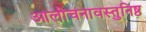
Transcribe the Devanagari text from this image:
आलोचनावस्तुनिष्ठ